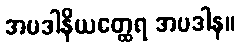
အပဒါနိယတ္ထေရ အပဒါန။